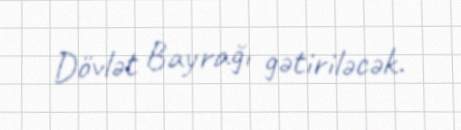
Dövlət Bayrağı gətiriləcək.